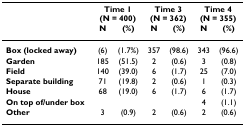
<table><thead><tr><td></td><td colspan="2"><b>Time 1(N = 400)</b></td><td colspan="2"><b>Time 3(N = 362)</b></td><td colspan="2"><b>Time 4(N = 355)</b></td></tr><tr><td></td><td><b>N</b></td><td><b>(%)</b></td><td><b>N</b></td><td><b>(%)</b></td><td><b>N</b></td><td><b>(%)</b></td></tr></thead><tbody><tr><td><b>Box (locked away)</b></td><td>(6)</td><td>(1.7%)</td><td>357</td><td>(98.6)</td><td>343</td><td>(96.6)</td></tr><tr><td><b>Garden</b></td><td>185</td><td>(51.5)</td><td>2</td><td>(0.6)</td><td>3</td><td>(0.8)</td></tr><tr><td><b>Field</b></td><td>140</td><td>(39.0)</td><td>6</td><td>(1.7)</td><td>25</td><td>(7.0)</td></tr><tr><td><b>Separate building</b></td><td>71</td><td>(19.8)</td><td>2</td><td>(0.6)</td><td>1</td><td>(0.3)</td></tr><tr><td><b>House</b></td><td>68</td><td>(19.0)</td><td>6</td><td>(1.7)</td><td>6</td><td>(1.7)</td></tr><tr><td><b>On top of/under box</b></td><td></td><td></td><td></td><td></td><td>4</td><td>(1.1)</td></tr><tr><td><b>Other</b></td><td>3</td><td>(0.9)</td><td>2</td><td>(0.6)</td><td>2</td><td>(0.6)</td></tr></tbody></table>